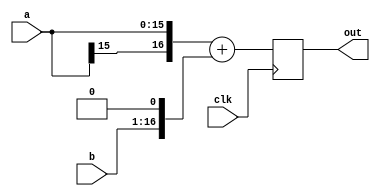
// Copyright 2007 Altera Corporation. All rights reserved.  
// Altera products are protected under numerous U.S. and foreign patents, 
// maskwork rights, copyrights and other intellectual property laws.  
//
// This reference design file, and your use thereof, is subject to and governed
// by the terms and conditions of the applicable Altera Reference Design 
// License Agreement (either as signed by you or found at www.altera.com).  By
// using this reference design file, you indicate your acceptance of such terms
// and conditions between you and Altera Corporation.  In the event that you do
// not agree with such terms and conditions, you may not use the reference 
// design file and please promptly destroy any copies you have made.
//
// This reference design file is being provided on an "as-is" basis and as an 
// accommodation and therefore all warranties, representations or guarantees of 
// any kind (whether express, implied or statutory) including, without 
// limitation, warranties of merchantability, non-infringement, or fitness for
// a particular purpose, are specifically disclaimed.  By making this reference
// design file available, Altera expressly does not recommend, suggest or 
// require that this reference design file be used in combination with any 
// other product not provided by Altera.
/////////////////////////////////////////////////////////////////////////////

// baeckler - 01-02-2007
// a relatively fancy adder tree node

module adder_tree_node (clk,a,b,out);

parameter IN_BITS = 16;
parameter OUT_BITS = 17;
parameter SIGN_EXT = 1;
parameter REGISTER_MIDDLE = 0;  // register within adder chains
parameter REGISTER_OUTPUT = 1;	// register adder outputs
parameter B_SHIFT = 1;

// for the placement of the midway pipeline registers
localparam LS_WIDTH = OUT_BITS / 2;
localparam MS_WIDTH = OUT_BITS - LS_WIDTH;

input clk;
input [IN_BITS-1:0] a,b;
output [OUT_BITS-1:0] out;

// sign extension
wire [OUT_BITS-1:0] a_ext,b_ext;
generate
	if (SIGN_EXT) begin
		assign a_ext = {{(OUT_BITS-IN_BITS){a[IN_BITS-1]}},a};
		assign b_ext = {{(OUT_BITS-IN_BITS){b[IN_BITS-1]}},b};
	end
	else begin
		assign a_ext = {{(OUT_BITS-IN_BITS){1'b0}},a};
		assign b_ext = {{(OUT_BITS-IN_BITS){1'b0}},b};
	end
endgenerate

// offset B
wire [OUT_BITS-1:0] b_ext_shft;
assign b_ext_shft = b_ext << B_SHIFT;

// addition
wire [OUT_BITS-1:0] sum;
generate
	if (REGISTER_MIDDLE) begin

		// pipeline in the middle of the adder chain
		reg [LS_WIDTH-1+1:0] ls_adder;
		wire cross_carry = ls_adder[LS_WIDTH];
		always @(posedge clk) begin
			ls_adder <= {1'b0,a_ext[LS_WIDTH-1:0]} + {1'b0,b_ext_shft[LS_WIDTH-1:0]};
		end

		reg [MS_WIDTH-1:0] ms_data_a,ms_data_b;
		always @(posedge clk) begin
			ms_data_a <= a_ext[OUT_BITS-1:OUT_BITS-MS_WIDTH];
			ms_data_b <= b_ext_shft[OUT_BITS-1:OUT_BITS-MS_WIDTH];
		end

		wire [MS_WIDTH-1+1:0] ms_adder;
		assign ms_adder = {ms_data_a,cross_carry} + 
				{ms_data_b,cross_carry};

		assign sum = {ms_adder[MS_WIDTH:1],ls_adder[LS_WIDTH-1:0]};
	end
	else begin
		// simple addition
		assign sum = a_ext + b_ext_shft;
	end
endgenerate

// optional output register
reg [OUT_BITS-1:0] out;
generate 
	if (REGISTER_OUTPUT) begin
		always @(posedge clk) begin
			out <= sum;	
		end
	end
	else begin
		always @(*) begin
			out = sum;	
		end	
	end
endgenerate

endmodule